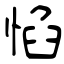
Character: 惂